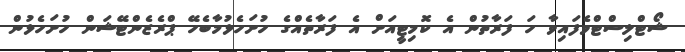
ޝޯޓްލިސްޓްވެފައިވާ ހަ ފަރާތުން އެ ކޮމިޓީއަށް އެ ފަރާތެއްގެ ހުށަހެޅުމާބެހޭ ޕްރެޒެންޓޭޝަން ހުށަހެޅުން